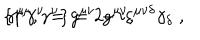
\{ \gamma ^ { \mu } , \gamma ^ { \nu } \} = 2 g ^ { \mu \nu } , \hspace { 0 . 4 c m } \gamma ^ { \mu } \gamma ^ { \nu } = g ^ { \mu \nu } - i \varepsilon ^ { \mu \nu \delta } \gamma _ { \delta } \; ,